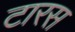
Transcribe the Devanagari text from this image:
टारस